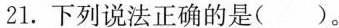
21.下列说法正确的是()。